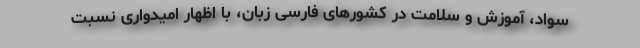
سواد، آموزش و سلامت در کشورهای فارسی زبان، با اظهار امیدواری نسبت